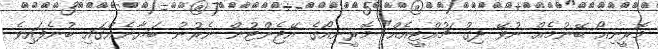
މޮރީނިއޯ ބޭނުމެއް ނުވޭ ދިގު ޗުއްޓީއެއް" މޮރީނިއޯގެ އޭޖެންޓުން ނެރުނު ބަޔާނެއްގައި ބުނެފައިވެ